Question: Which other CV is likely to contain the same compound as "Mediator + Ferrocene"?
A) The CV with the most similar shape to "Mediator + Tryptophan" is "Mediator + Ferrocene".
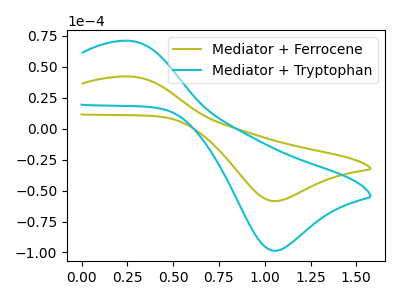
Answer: <think>The olive curve "Mediator + Ferrocene" has an anodic peak at (0.25V, 42.00uA) and a cathodic peak at (1.05V, -58.50uA). The cyan curve "Mediator + Tryptophan" has an anodic peak at (0.25V, 70.75uA) and a cathodic peak at (1.05V, -98.55uA).
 All the peaks in "Mediator + Ferrocene" have a peak in "Mediator + Tryptophan" at the same potential. Every peak in "Mediator + Ferrocene" is lower than every peak in "Mediator + Tryptophan".</think>
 <answer>A) The CV with the most similar shape to "Mediator + Tryptophan" is "Mediator + Ferrocene".</answer>
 <eval>A</eval>